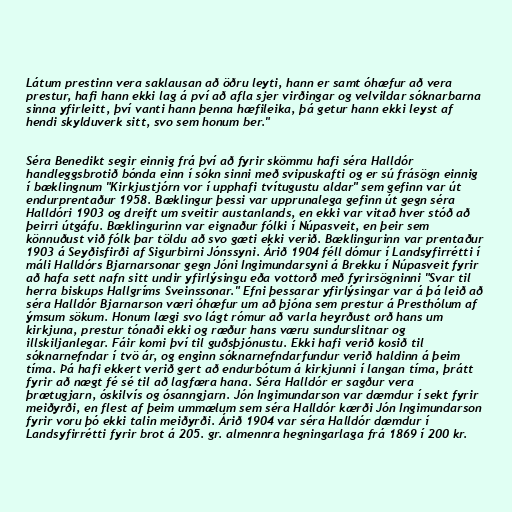
Látum prestinn vera saklausan að öðru leyti, hann er samt óhæfur að vera
prestur, hafi hann ekki lag á pví að afla sjer virðingar og velvildar sóknarbarna
sinna yfirleitt, því vanti hann þenna hæfileika, þá getur hann ekki leyst af
hendi skylduverk sitt, svo sem honum ber."

Séra Benedikt segir einnig frá því að fyrir skömmu hafi séra Halldór
handleggsbrotið bónda einn í sókn sinni með svipuskafti og er sú frásögn einnig
í bæklingnum "Kirkjustjórn vor í upphafi tvítugustu aldar" sem gefinn var út
endurprentaður 1958. Bæklingur þessi var upprunalega gefinn út gegn séra
Halldóri 1903 og dreift um sveitir austanlands, en ekki var vitað hver stóð að
þeirri útgáfu. Bæklingurinn var eignaður fólki í Núpasveit, en þeir sem
könnuðust við fólk þar töldu að svo gæti ekki verið. Bæklingurinn var prentaður
1903 á Seyðisfirði af Sigurbirni Jónssyni. Árið 1904 féll dómur í Landsyfirrétti í
máli Halldórs Bjarnarsonar gegn Jóni Ingimundarsyni á Brekku í Núpasveit fyrir
að hafa sett nafn sitt undir yfirlýsingu eða vottorð með fyrirsögninni "Svar til
herra biskups Hallgríms Sveinssonar." Efni þessarar yfirlýsingar var á þá leið að
séra Halldór Bjarnarson væri óhæfur um að þjóna sem prestur á Presthólum af
ýmsum sökum. Honum lægi svo lágt rómur að varla heyrðust orð hans um
kirkjuna, prestur tónaði ekki og ræður hans væru sundurslitnar og
illskiljanlegar. Fáir komi því til guðsþjónustu. Ekki hafi verið kosið til
sóknarnefndar í tvö ár, og enginn sóknarnefndarfundur verið haldinn á þeim
tíma. Þá hafi ekkert verið gert að endurbótum á kirkjunni í langan tíma, þrátt
fyrir að nægt fé sé til að lagfæra hana. Séra Halldór er sagður vera
þrætugjarn, óskilvís og ósanngjarn. Jón Ingimundarson var dæmdur í sekt fyrir
meiðyrði, en flest af þeim ummælum sem séra Halldór kærði Jón Ingimundarson
fyrir voru þó ekki talin meiðyrði. Árið 1904 var séra Halldór dæmdur í
Landsyfirrétti fyrir brot á 205. gr. almennra hegningarlaga frá 1869 í 200 kr.